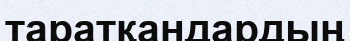
таратқандардың